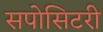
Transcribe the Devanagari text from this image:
सपोसिटरी